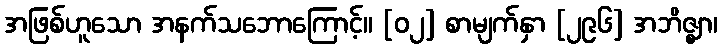
အဖြစ်ဟူသော အနက်သဘောကြောင့်။ [၀၂] စာမျက်နှာ [၂၉၆] အဘိဇ္ဈာ၊